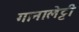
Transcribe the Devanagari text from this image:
गानालेट्टी